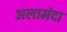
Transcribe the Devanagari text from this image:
अलामंदा